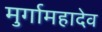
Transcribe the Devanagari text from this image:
मुर्गामहादेव